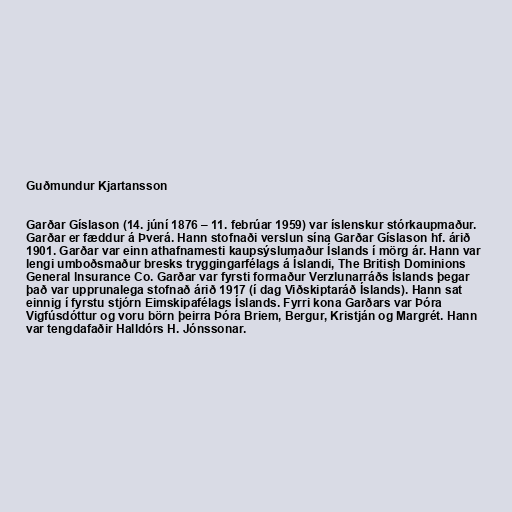
Guðmundur Kjartansson

Garðar Gíslason (14. júní 1876 – 11. febrúar 1959) var íslenskur stórkaupmaður.
Garðar er fæddur á Þverá. Hann stofnaði verslun sína Garðar Gíslason hf. árið
1901. Garðar var einn athafnamesti kaupsýslumaður Íslands í mörg ár. Hann var
lengi umboðsmaður bresks tryggingarfélags á Íslandi, The British Dominions
General lnsurance Co. Garðar var fyrsti formaður Verzlunarráðs Íslands þegar
það var upprunalega stofnað árið 1917 (í dag Viðskiptaráð Íslands). Hann sat
einnig í fyrstu stjórn Eimskipafélags Íslands. Fyrri kona Garðars var Þóra
Vigfúsdóttur og voru börn þeirra Þóra Briem, Bergur, Kristján og Margrét. Hann
var tengdafaðir Halldórs H. Jónssonar.